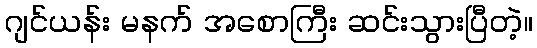
ဂျင်ယန်း မနက် အစောကြီး ဆင်းသွားပြီတဲ့။